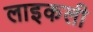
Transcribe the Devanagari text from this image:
लाइकली